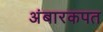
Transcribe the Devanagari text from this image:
अंबारकपत